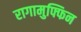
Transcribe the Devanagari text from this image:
रागामुफ्फिन